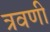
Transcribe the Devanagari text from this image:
त्रवणी